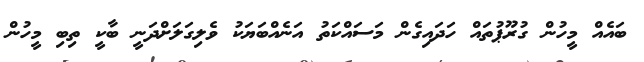
ބައެއް މީހުން ގުރޫޕުތައް ހަދައިގެން މަސައްކަތު އަނެއްބަޔަކު ވެލިގަލަށްދަނީ ބާކީ ތިބި މީހުން